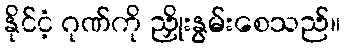
နိုင်ငံ့ ဂုဏ်ကို ညှိုးနွမ်းစေသည်။